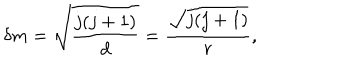
\delta m = \sqrt { \frac { j ( j + 1 ) } { d } } = \frac { \sqrt { j ( j + 1 ) } } { r } ,